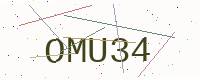
Text: OMU34